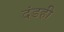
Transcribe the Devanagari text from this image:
दंडही